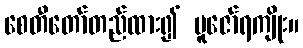
စေတီတော်တည်ထား၍ ပူဇော်ရကျိုး။